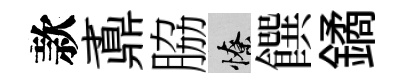
款鼒脇憭饌鐍